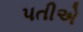
પતીએ